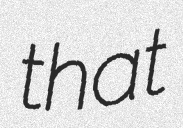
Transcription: that